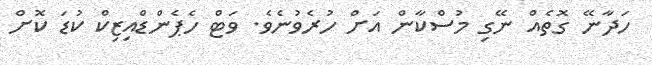
ހަދާނޭ ގޮތެއް ނޭގި މުސްކާން އަށް ހުރެވުނެވެ. ވަޓް ހެޕެންޑްއިޒިކް ކުޑަ ކޮށް